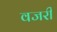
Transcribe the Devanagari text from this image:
वजरी